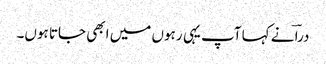
دراؔ نے کہا آپ یہی رہوں میں ابھی جاتا ہوں۔